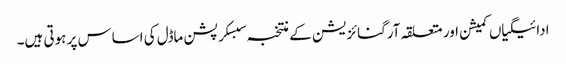
ادائیگیاں کمیشن اور متعلقہ آرگنائزیشن کے منتخبہ سبسکرپشن ماڈل کی اساس پر ہوتی ہیں۔